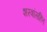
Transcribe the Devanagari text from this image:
शस्त्रांसहित